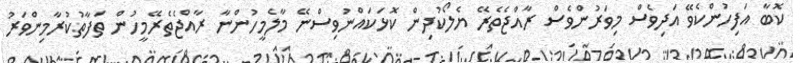
ކޮބާ އަފިހުންކެވޭ އަދިވެސް މިވަރުންވެސް ރާއްޖެތެރޭ ޔެލޯކުދިން ކޮޅަކައްނުވިސްނޭ މާލެމީހުންނާ ރާއްޖެތެރޭމީހުން ތަފާތުކުރާމިންވަރު